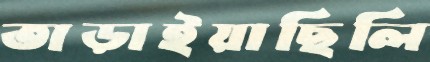
তাড়াইয়াছিলি